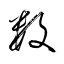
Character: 数